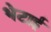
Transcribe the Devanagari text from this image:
भेटाई